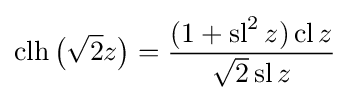
\operatorname {clh} {\bigl (}{\sqrt {2}}z{\bigr )}={\frac {(1+\operatorname {sl} ^{2}z)\operatorname {cl} z}{{\sqrt {2}}\operatorname {sl} z}}